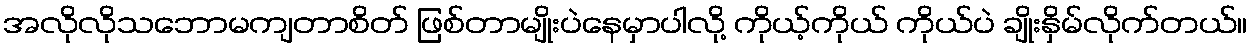
အလိုလိုသဘောမကျတာစိတ် ဖြစ်တာမျိုးပဲနေမှာပါလို့ ကိုယ့်ကိုယ် ကိုယ်ပဲ ချိုးနှိမ်လိုက်တယ်။